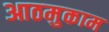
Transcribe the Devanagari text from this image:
आठमुकाम